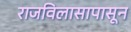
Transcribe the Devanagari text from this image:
राजविलासापासून